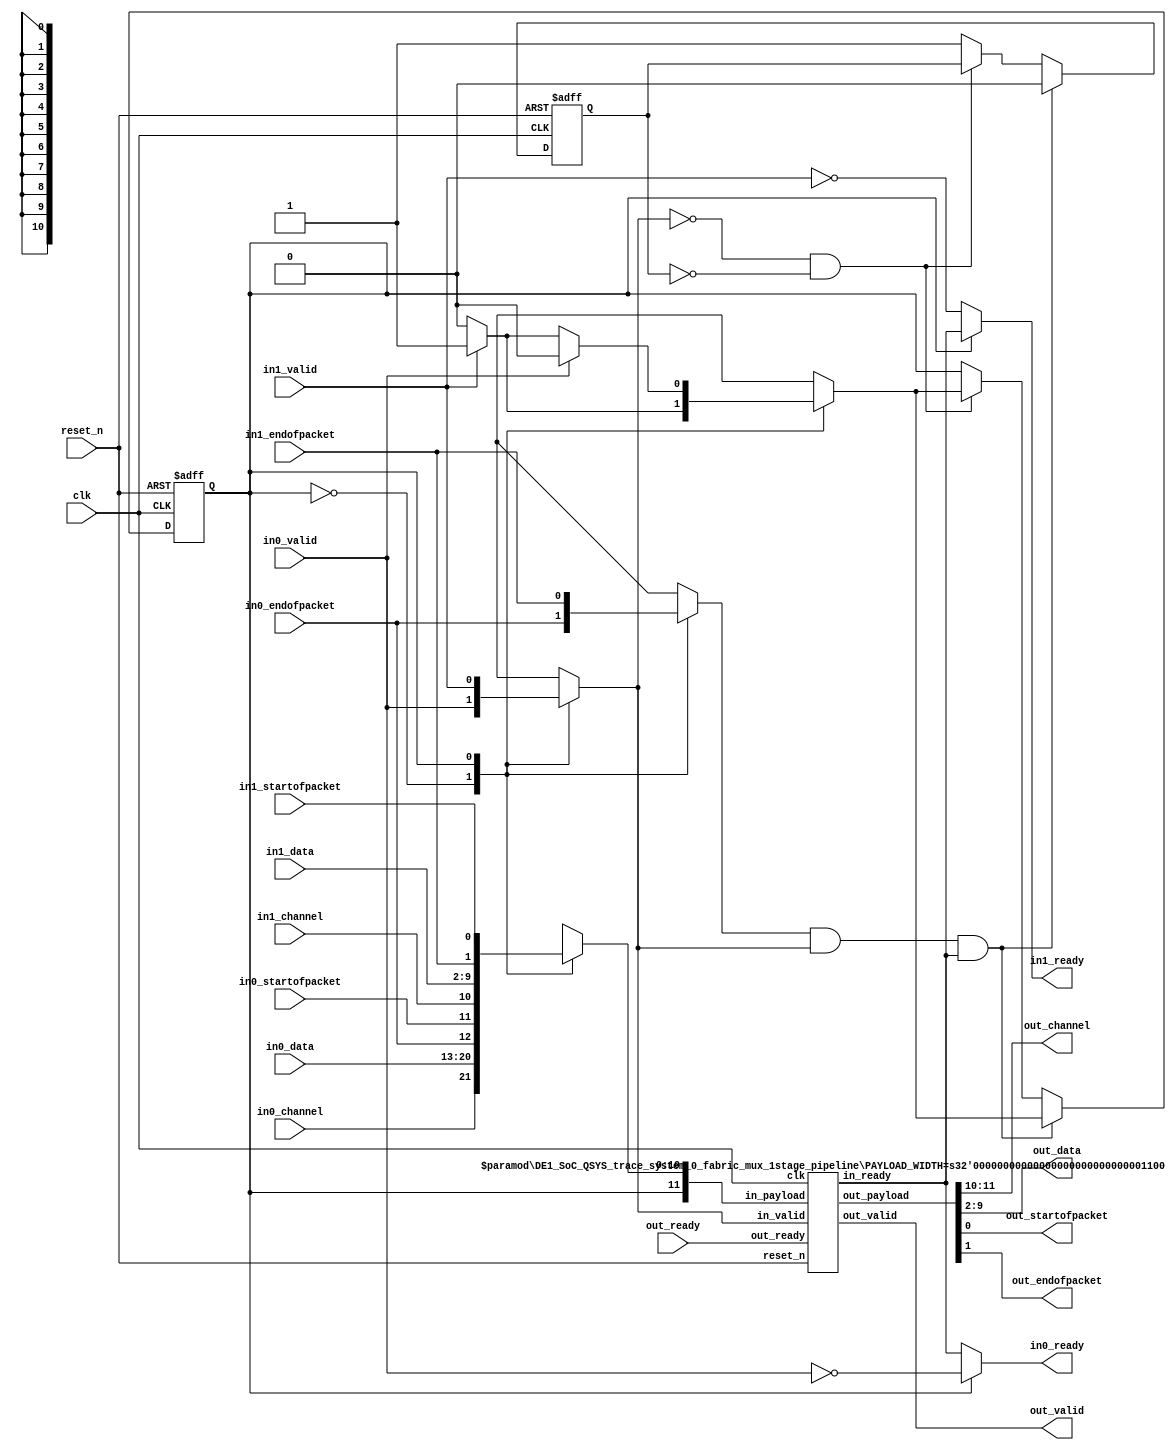
// --------------------------------------------------------------------------------
//| Multiplexer
// --------------------------------------------------------------------------------
// altera message_level level1

`timescale 1ns / 100ps
module DE1_SoC_QSYS_trace_system_0_fabric_mux (	
    
      // Interface: clk
      input              clk,
      // Interface: reset
      input              reset_n,
      // Interface: in0
      input              in0_channel,
      input              in0_valid,
      output reg         in0_ready,
      input      [ 7: 0] in0_data,
      input              in0_startofpacket,
      input              in0_endofpacket,
      // Interface: in1
      input              in1_channel,
      input              in1_valid,
      output reg         in1_ready,
      input      [ 7: 0] in1_data,
      input              in1_startofpacket,
      input              in1_endofpacket,
      // Interface: out
      output reg [ 1: 0] out_channel,
      output reg         out_valid,
      input              out_ready,
      output reg [ 7: 0] out_data,
      output reg         out_startofpacket,
      output reg         out_endofpacket
);

   // ---------------------------------------------------------------------
   //| Signal Declarations
   // ---------------------------------------------------------------------
   reg  [10: 0] in0_payload;
   reg  [10: 0] in1_payload;

   reg          decision = 0;      
   reg          select = 0;
   reg          selected_endofpacket = 0;
   reg          selected_valid;
   wire         out_valid_wire;
   wire         selected_ready;
   reg  [10: 0] selected_payload;
   reg          packet_in_progress;
   
   wire         out_select;
   wire [10: 0] out_payload;

   // ---------------------------------------------------------------------
   //| Input Mapping
   // ---------------------------------------------------------------------
   always @* begin
     in0_payload = {in0_channel,in0_data,in0_endofpacket,in0_startofpacket};
     in1_payload = {in1_channel,in1_data,in1_endofpacket,in1_startofpacket};
   end
   
   // ---------------------------------------------------------------------
   //| Scheduling Algorithm
   // ---------------------------------------------------------------------
   always @* begin
         
      decision = 0;
      case(select) 
         0 : begin
            if (in0_valid) decision = 0;
            if (in1_valid) decision = 1;
         end  
         1 : begin
            if (in1_valid) decision = 1;
            if (in0_valid) decision = 0;
         end  
         default : begin // Same as '0', should never get used.
            if (in0_valid) decision = 0;
            if (in1_valid) decision = 1;
         end  
      endcase   
   end

   // ---------------------------------------------------------------------
   //| Capture Decision
   // ---------------------------------------------------------------------
   always @ (negedge reset_n, posedge clk) begin
      if (!reset_n) begin
         select <= 0;
         packet_in_progress <= 0;
      end else begin
         if (!selected_valid && !packet_in_progress) begin
            select <= decision;
         end else begin
            packet_in_progress <= 1;
         end
         if (selected_endofpacket && selected_valid && selected_ready) begin
            select <= decision;
            packet_in_progress <= 0;
         end
      end
   end

   // ---------------------------------------------------------------------
   //| Mux
   // ---------------------------------------------------------------------
   always @* begin
      case(select) 
         0 : begin
            selected_payload = in0_payload;         
            selected_valid   = in0_valid;
            selected_endofpacket = in0_endofpacket;
         end  
         1 : begin
            selected_payload = in1_payload;         
            selected_valid   = in1_valid;
            selected_endofpacket = in1_endofpacket;
         end  
         default : begin
            selected_payload = in0_payload;         
            selected_valid = in0_valid;
            selected_endofpacket = in0_endofpacket;
         end
      endcase

   end

   // ---------------------------------------------------------------------
   //| Back Pressure
   // ---------------------------------------------------------------------
   always @* begin
      in0_ready <= ~in0_valid	;
      in1_ready <= ~in1_valid	;
      case(select) 
         0 : in0_ready <= selected_ready;
         1 : in1_ready <= selected_ready;
         default : in0_ready <= selected_ready;
      endcase
   end

   // ---------------------------------------------------------------------
   //| output Pipeline
   // ---------------------------------------------------------------------
   DE1_SoC_QSYS_trace_system_0_fabric_mux_1stage_pipeline #( .PAYLOAD_WIDTH( 11 + 1 ) ) outpipe
      ( .clk      (clk ),
        .reset_n  (reset_n  ),
        .in_ready ( selected_ready ),
        .in_valid ( selected_valid ), 
        .in_payload ({select,selected_payload}),
        .out_ready(out_ready ), 
        .out_valid(out_valid_wire), 
        .out_payload({out_select,out_payload}) );
   
   // ---------------------------------------------------------------------
   //| Output Mapping
   // ---------------------------------------------------------------------
   always @* begin
     out_valid   = out_valid_wire;
     out_channel[1:1] = out_select;
     {out_channel[0:0],out_data,out_endofpacket,out_startofpacket} = out_payload;
   end


endmodule

//  --------------------------------------------------------------------------------
// | single buffered pipeline stage
//  --------------------------------------------------------------------------------
module DE1_SoC_QSYS_trace_system_0_fabric_mux_1stage_pipeline  
#( parameter PAYLOAD_WIDTH = 8 )
 ( input                          clk,
   input                          reset_n, 
   output reg                     in_ready,
   input                          in_valid,   
   input      [PAYLOAD_WIDTH-1:0] in_payload,
   input                          out_ready,   
   output reg                     out_valid,
   output reg [PAYLOAD_WIDTH-1:0] out_payload      
 );
   
   reg in_ready1;
   
   always @* begin
   
     in_ready = out_ready || ~out_valid;
   
//     in_ready = in_ready1;
//     if (!out_ready)
//       in_ready = 0;
   end
   
   always @ (negedge reset_n, posedge clk) begin
      if (!reset_n) begin
         in_ready1 <= 0;
         out_valid <= 0;
         out_payload <= 0;
      end else begin
         in_ready1 <= out_ready || !out_valid;
         
         if (in_valid) begin
           out_valid <= 1;
         end else if (out_ready) begin
           out_valid <= 0;
         end
         
         if(in_valid && in_ready) begin
            out_payload <= in_payload;
         end
      end
   end

endmodule